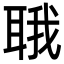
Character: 𬚚